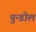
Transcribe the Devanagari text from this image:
पुन्डोल